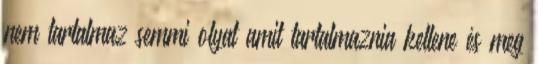
nem tartalmaz semmi olyat amit tartalmaznia kellene és meg